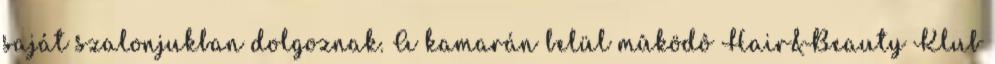
saját szalonjukban dolgoznak. A kamarán belül mûködô Hair&Beauty Klub